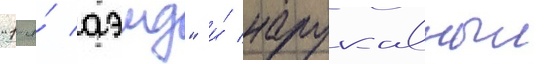
"1-я́ аэмд" и́ нарукавныи